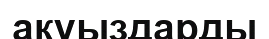
акуыздарды